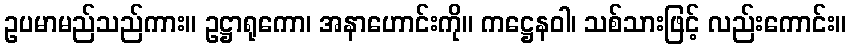
ဥပမာမည်သည်ကား။ ဥဋ္ဌာရုကော၊ အနာဟောင်းကို။ ကဋ္ဌေနဝါ၊ သစ်သားဖြင့် လည်းကောင်း။